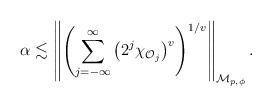
LaTeX: \begin{align*}\alpha&\lesssim\left\|\left(\sum_{j=-\infty}^\infty \left(2^j\chi_{{\mathcal O}_j}\right)^{v} \right)^{1/v}\right\|_{{\mathcal M}_{p,\phi}}.\end{align*}